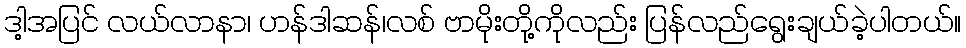
ဒါ့အပြင် လယ်လာနာ၊ ဟန်ဒါဆန်၊လစ် ဗာမိုးတို့ကိုလည်း ပြန်လည်ရွေးချယ်ခဲ့ပါတယ်။